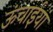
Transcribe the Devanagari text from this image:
ऊंचाईयां